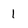
Character: 1